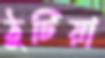
ঠুটিয়া